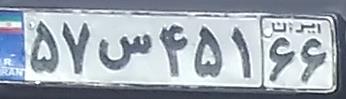
۵۷س۴۵۱۶۶